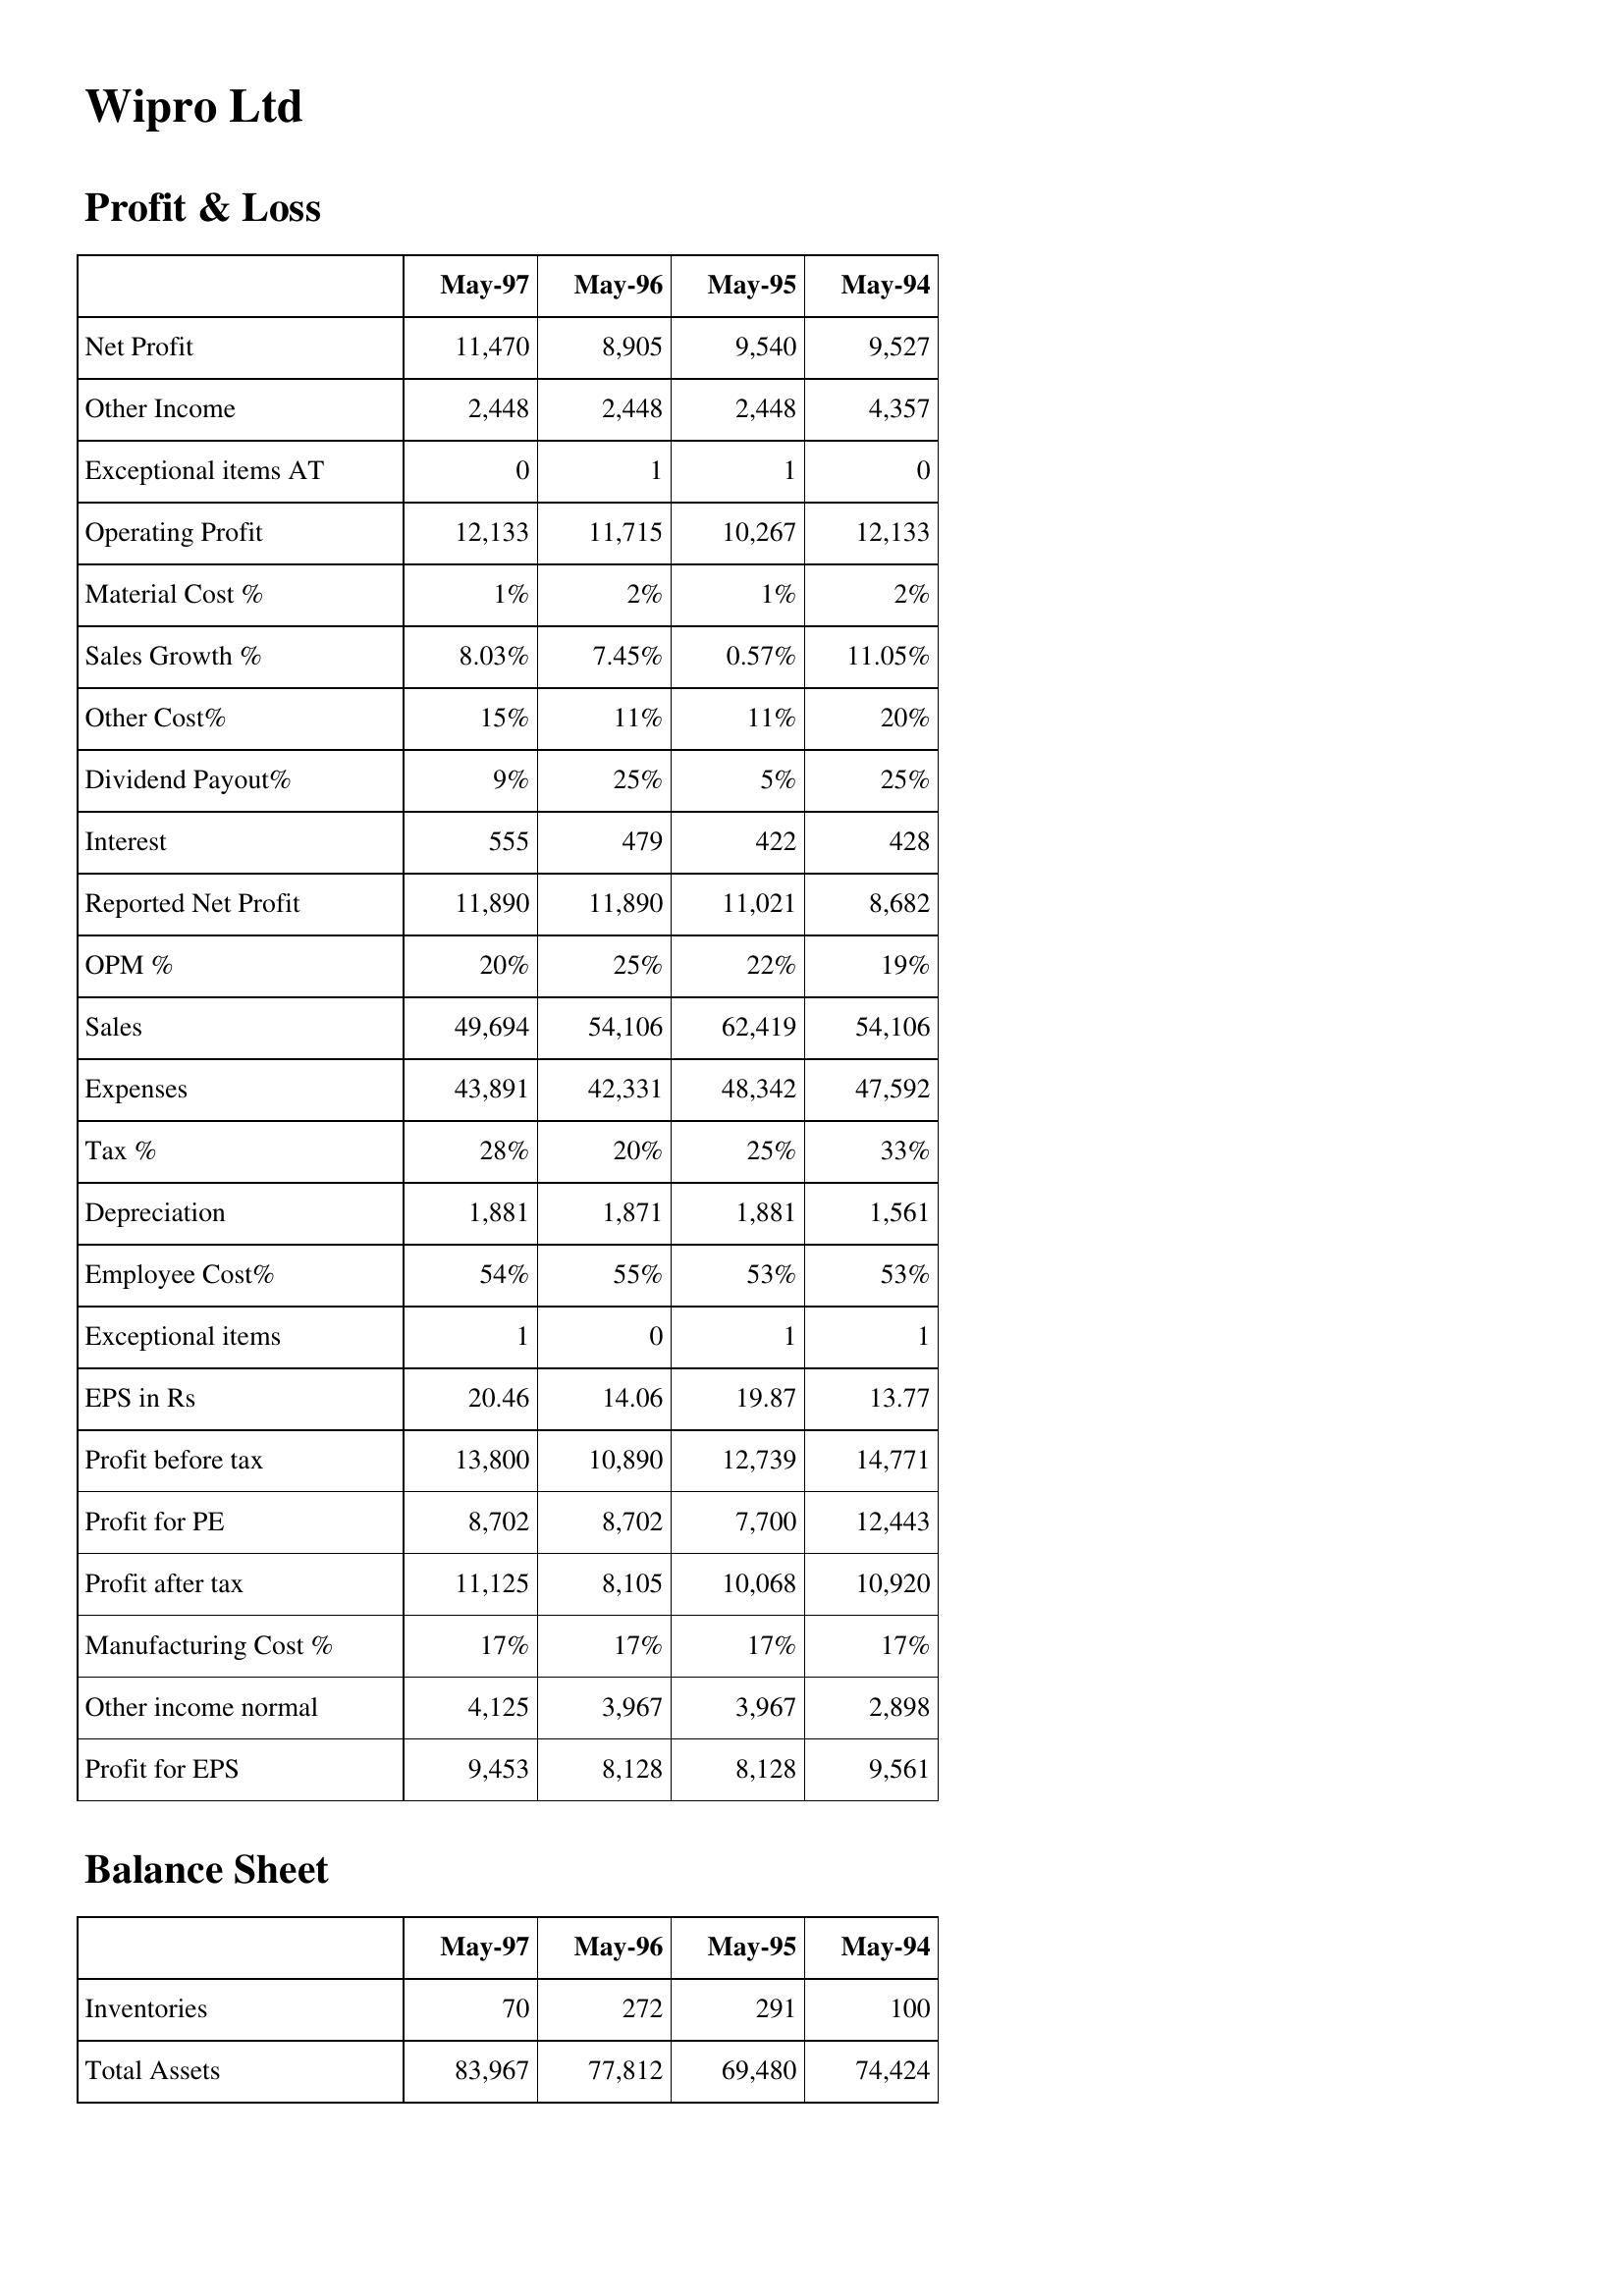
May-97: Profit & Loss: Net Profit: 11,470
Other Income: 2,448
Exceptional items AT: 0
Operating Profit: 12,133
Material Cost %: 1%
Sales Growth %: 8.03%
Other Cost%: 15%
Dividend Payout%: 9%
Interest: 555
Reported Net Profit: 11,890
OPM %: 20%
Sales: 49,694
Expenses: 43,891
Tax %: 28%
Depreciation: 1,881
Employee Cost%: 54%
Exceptional items: 1
EPS in Rs: 20.46
Profit before tax: 13,800
Profit for PE: 8,702
Profit after tax: 11,125
Manufacturing Cost %: 17%
Other income normal: 4,125
Profit for EPS: 9,453
Balance Sheet: Inventories: 70
Total Assets: 83,967
May-96: Profit & Loss: Net Profit: 8,905
Other Income: 2,448
Exceptional items AT: 1
Operating Profit: 11,715
Material Cost %: 2%
Sales Growth %: 7.45%
Other Cost%: 11%
Dividend Payout%: 25%
Interest: 479
Reported Net Profit: 11,890
OPM %: 25%
Sales: 54,106
Expenses: 42,331
Tax %: 20%
Depreciation: 1,871
Employee Cost%: 55%
Exceptional items: 0
EPS in Rs: 14.06
Profit before tax: 10,890
Profit for PE: 8,702
Profit after tax: 8,105
Manufacturing Cost %: 17%
Other income normal: 3,967
Profit for EPS: 8,128
Balance Sheet: Inventories: 272
Total Assets: 77,812
May-95: Profit & Loss: Net Profit: 9,540
Other Income: 2,448
Exceptional items AT: 1
Operating Profit: 10,267
Material Cost %: 1%
Sales Growth %: 0.57%
Other Cost%: 11%
Dividend Payout%: 5%
Interest: 422
Reported Net Profit: 11,021
OPM %: 22%
Sales: 62,419
Expenses: 48,342
Tax %: 25%
Depreciation: 1,881
Employee Cost%: 53%
Exceptional items: 1
EPS in Rs: 19.87
Profit before tax: 12,739
Profit for PE: 7,700
Profit after tax: 10,068
Manufacturing Cost %: 17%
Other income normal: 3,967
Profit for EPS: 8,128
Balance Sheet: Inventories: 291
Total Assets: 69,480
May-94: Profit & Loss: Net Profit: 9,527
Other Income: 4,357
Exceptional items AT: 0
Operating Profit: 12,133
Material Cost %: 2%
Sales Growth %: 11.05%
Other Cost%: 20%
Dividend Payout%: 25%
Interest: 428
Reported Net Profit: 8,682
OPM %: 19%
Sales: 54,106
Expenses: 47,592
Tax %: 33%
Depreciation: 1,561
Employee Cost%: 53%
Exceptional items: 1
EPS in Rs: 13.77
Profit before tax: 14,771
Profit for PE: 12,443
Profit after tax: 10,920
Manufacturing Cost %: 17%
Other income normal: 2,898
Profit for EPS: 9,561
Balance Sheet: Inventories: 100
Total Assets: 74,424